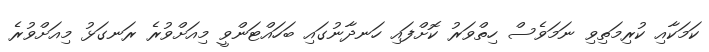
ކަމަކާއި ކުރިމަތިވި ނަމަވެސް ހިތްވަރު ކޮށްފައި ހަނދާނުގައި ބަހައްޓަންވީ މިއަށްވުރެ ރަނގަޅު މިއަށްވުރެ